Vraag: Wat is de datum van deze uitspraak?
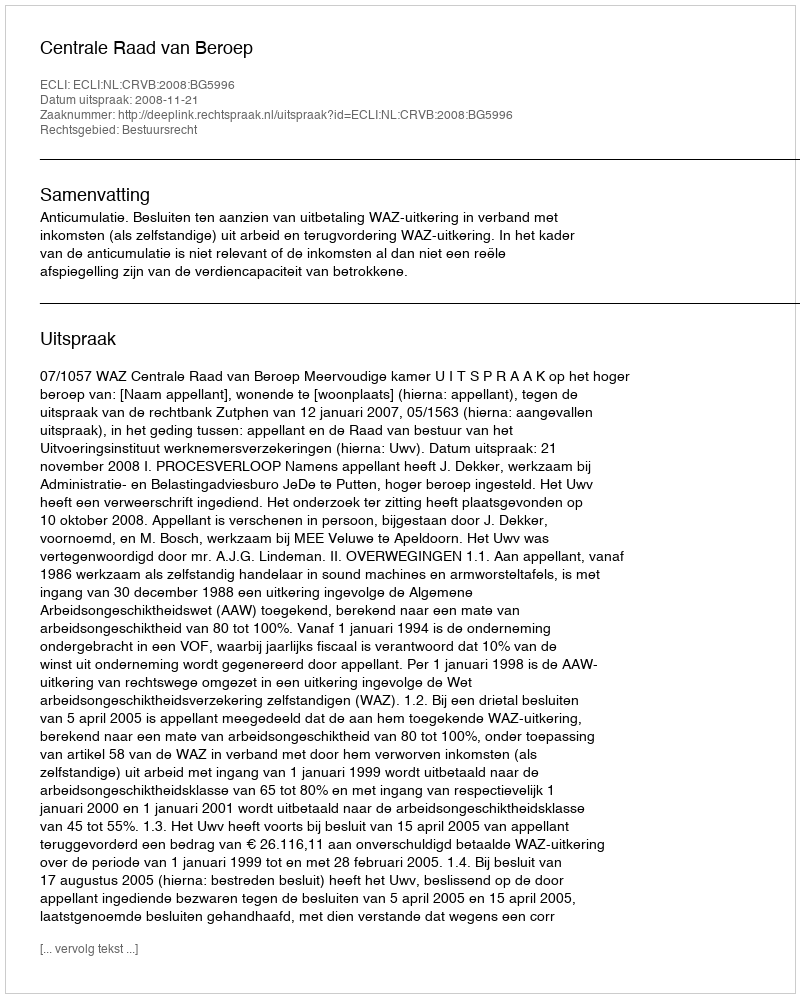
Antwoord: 2008-11-21